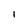
Character: i